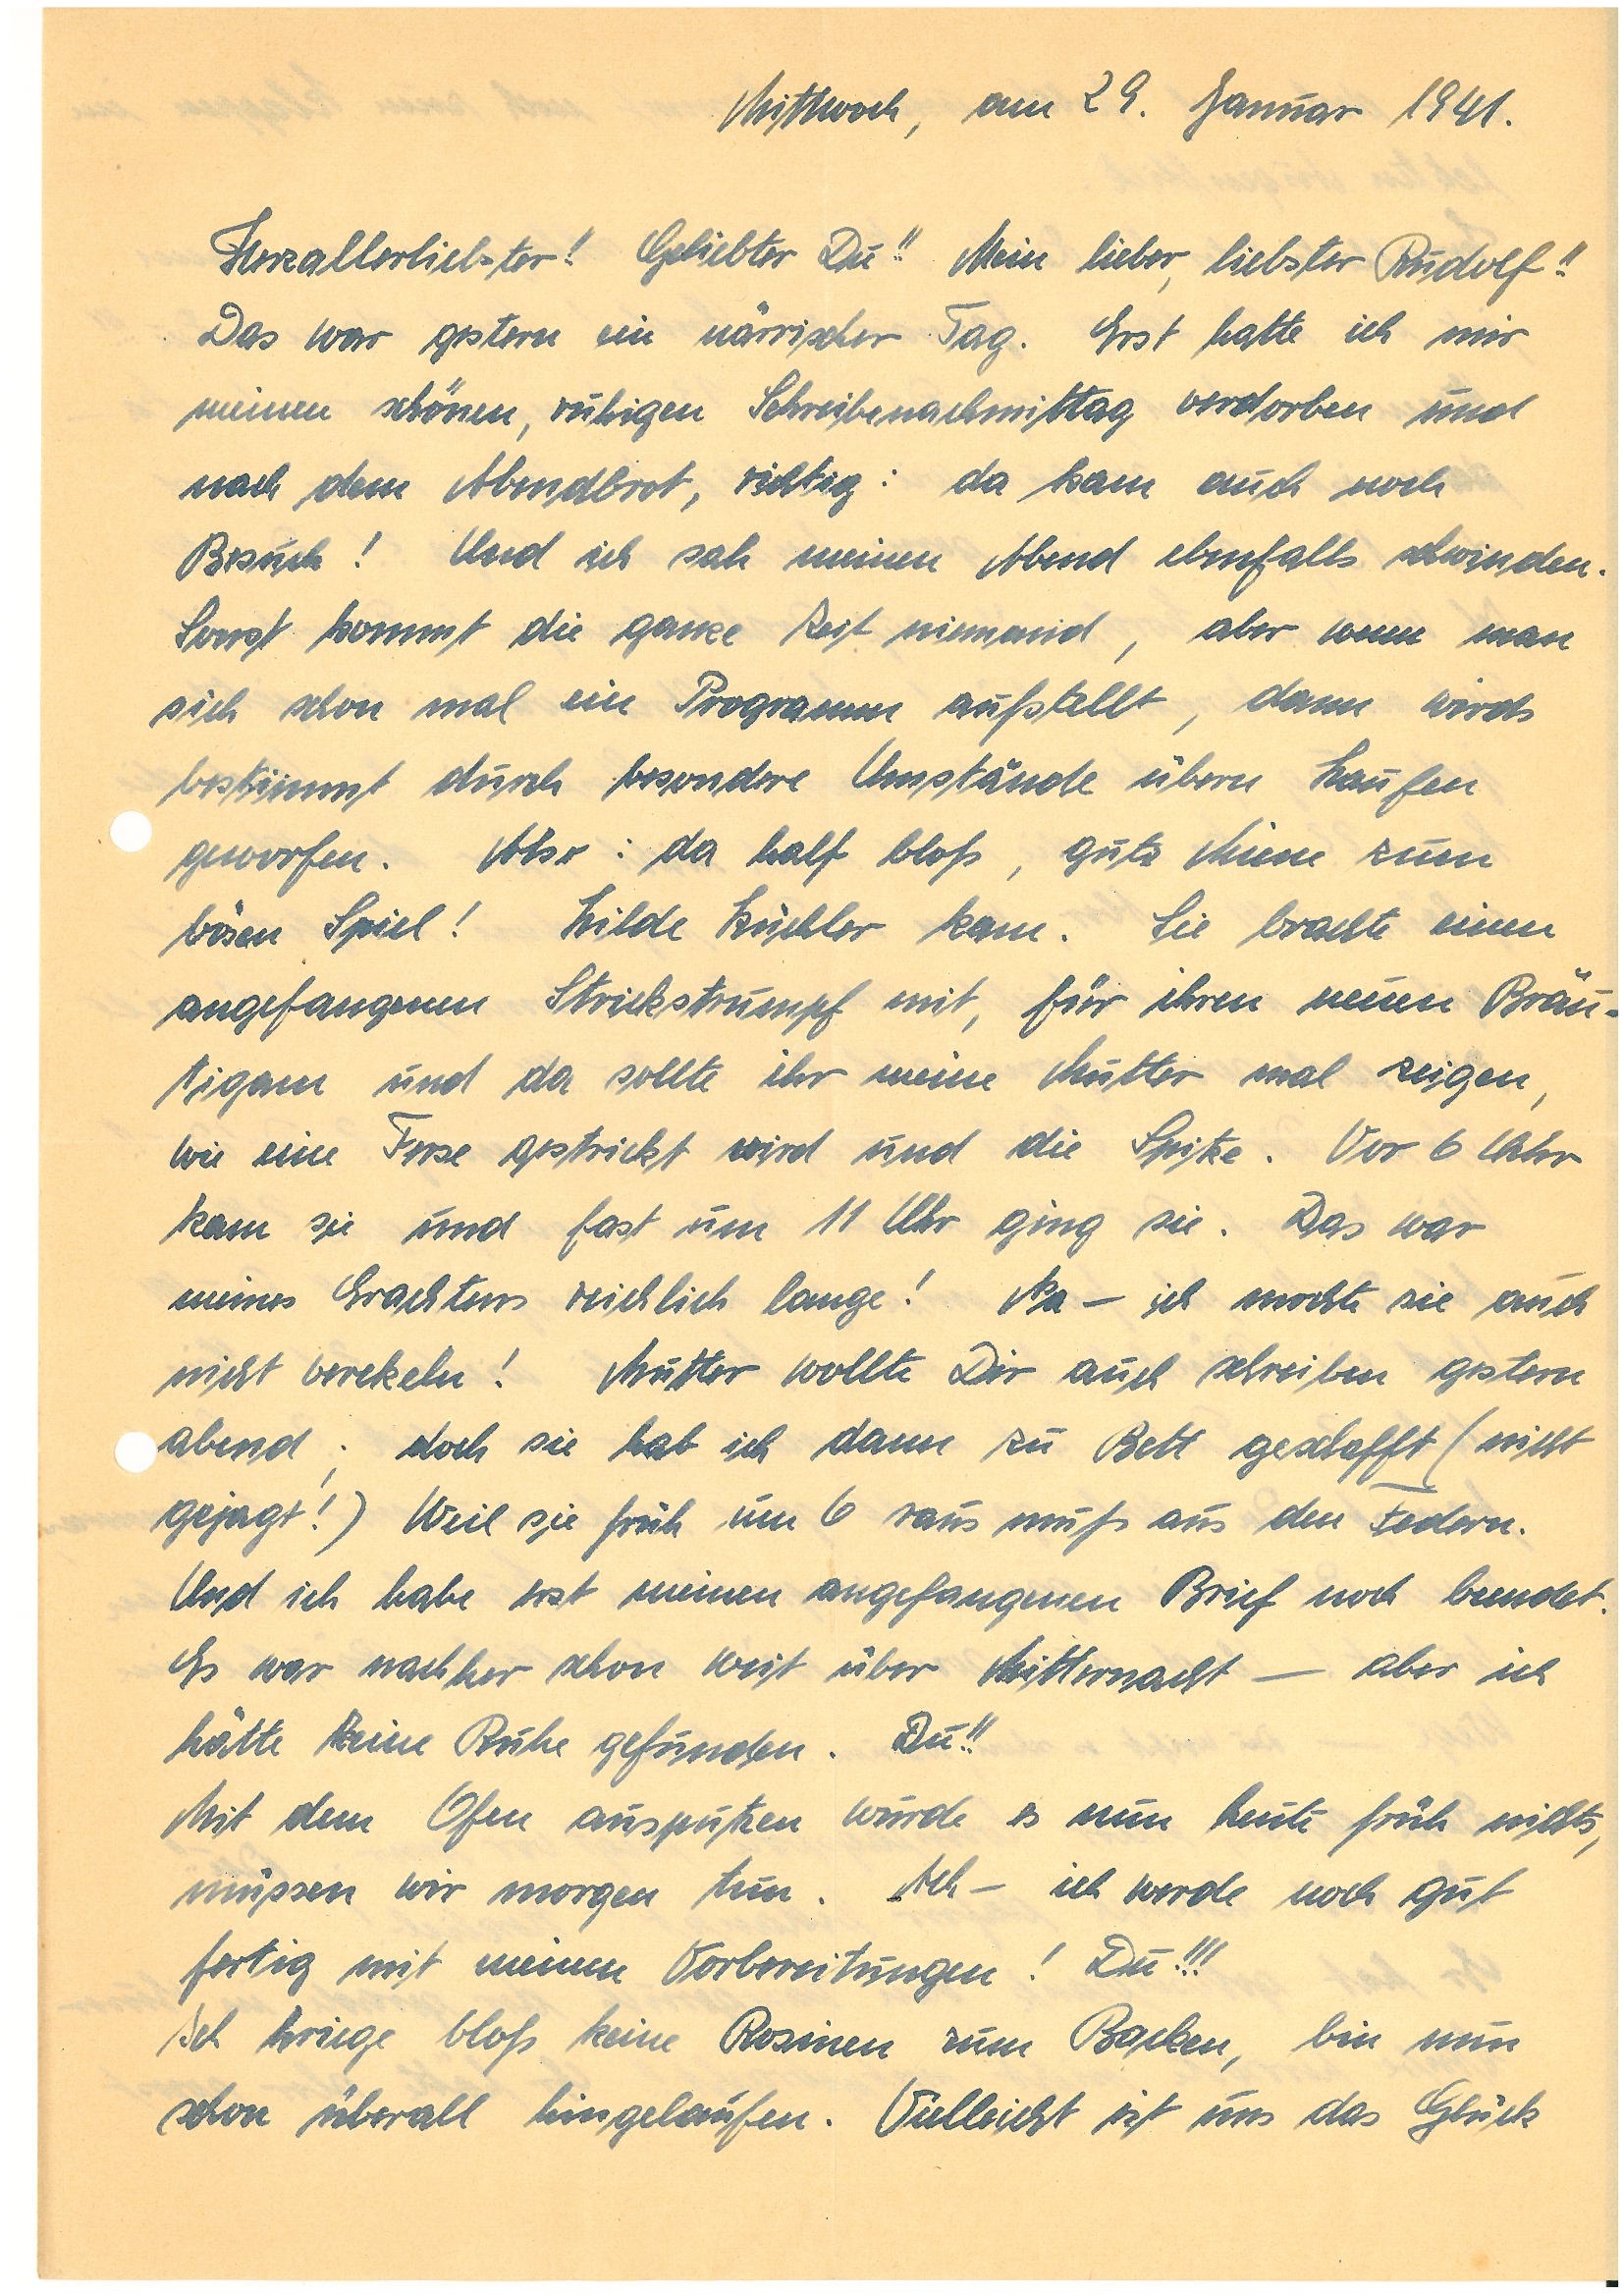
Mittwoch, am 29. Januar 1941.
Herzallerliebster! Geliebter Du!! Mein lieber, liebster !!
Das war gestern ein närrischer Tag. Erst hatte ich mir
meinen schönen, ruhigen Schreibenachmittag verdorben und
nach dem Abendbrot, richtig: da kam auch noch
Besuch! Und ich sah meinen Abend ebenfalls schwinden.
Sonst kommt die ganze Zeit niemand, aber wenn man
sich schon mal ein Programm aufstellt, dann wirds
bestimmt durch besondere Umstände übern Haufen
geworfen. Also: da half bloß, gute Miene zum
bösen Spiel! Hilde K. kam. Sie brachte einen
angefangenen Strickstrumpf mit, für ihren neuen Bräu¬
tigam und da sollte ihr meine Mutter mal zeigen,
wie eine Ferse gestrickt wird und die Spitze. Vor 6 Uhr
kam sie und fast um 11 Uhr ging sie. Das war
meines Erachtens reichlich lange! Na – ich mochte sie auch
nicht verekeln! Mutter wollte Dir auch schreiben gestern
abend; doch sie hab ich dann zu Bett geschafft (nicht
gejagt!) Weil sie früh um 6 raus muß aus den Federn.
Und ich habe erst meinen angefangenen Brief noch beendet.
Es war nachher schon weit über Mitternacht – aber ich
hätte keine Ruhe gefunden. Du!!
Mit dem Ofen ausputzen wurde es nun heute früh nichts,
müssen wir morgen tun. Ach – ich werde noch gut
fertig mit meinen Vorbereitungen! Du!!!
Ich kriege bloß keine Rosinen zum Backen, bin nun
schon überall hingelaufen. Vielleicht ist uns das Glück